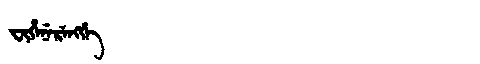
Manchu: ᠸᡳᡥᡝᠨᡝᡵᡝᠩᡤᡝ
Romanization: FIHENERENGGE